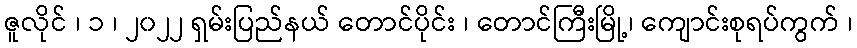
ဇူလိုင် ၊ ၁ ၊ ၂၀၂၂ ရှမ်းပြည်နယ် တောင်ပိုင်း ၊ တောင်ကြီးမြို့၊ ကျောင်းစုရပ်ကွက် ၊